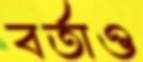
বর্তাও